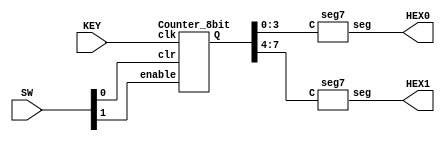
`timescale 1ns/1ns

module Part1(KEY, SW, HEX0, HEX1);
	input[0:0] KEY;
	input [1:0] SW;
	output [6:0] HEX0, HEX1;
	wire[7:0] Q;
	
	Counter_8bit B1(.enable(SW[1]), .clk(KEY[0]), .clr(SW[0]), .Q(Q));
	
	seg7 H0(.C(Q[3:0]), .seg(HEX0));
	seg7 H1(.C(Q[7:4]), .seg(HEX1));
endmodule




module Counter_8bit(input enable, clk, clr, output[7:0] Q);
	wire[6:0] w;
	
	T_ff u0(.clk(clk), .t(Q[0]), .enable(enable), .clr(clr), .Q(Q[0]));
	
	assign w[0] = enable && Q[0];
	T_ff u1(.clk(clk), .t(Q[1]), .enable(w[0]), .clr(clr), .Q(Q[1]));
	
	assign w[1] = w[0] && Q[1];
	T_ff u2(.clk(clk), .t(Q[2]), .enable(w[1]), .clr(clr), .Q(Q[2]));
	
	assign w[2] = w[1] && Q[2];
	T_ff u3(.clk(clk), .t(Q[3]), .enable(w[2]), .clr(clr), .Q(Q[3]));
	
	assign w[3] = w[2] && Q[3];
	T_ff u4(.clk(clk), .t(Q[4]), .enable(w[3]), .clr(clr), .Q(Q[4]));
	
	assign w[4] = w[3] && Q[4];
	T_ff u5(.clk(clk), .t(Q[5]), .enable(w[4]), .clr(clr), .Q(Q[5]));
	
	assign w[5] = w[4] && Q[5];
	T_ff u6(.clk(clk), .t(Q[6]), .enable(w[5]), .clr(clr), .Q(Q[6]));
	
	assign w[6] = w[5] && Q[6];
	T_ff u7(.clk(clk), .t(Q[7]), .enable(w[6]), .clr(clr), .Q(Q[7]));
	
endmodule
 

module T_ff(input clk, t, enable, clr, output reg Q);
	always@(posedge clk, negedge clr)
	begin
		if(clr == 1'b0)
			Q <= 0;
		else
			Q <= enable^t;	
	end	
endmodule


module seg7(C, seg);
	input[3:0] C;
	output[6:0] seg;
	
	assign seg[0] = (~C[3]&~C[2]&~C[1]&C[0])|
						  (~C[3]&C[2]&~C[1]&~C[0])|
						  (C[3]&~C[2]&C[1]&C[0])|
						  (C[3]&C[2]&~C[1]&C[0]);
						  
	assign seg[1] = (~C[3]&C[2]&~C[1]&C[0])|
						  (~C[3]&C[2]&C[1]&~C[0])|
						  (C[3]&~C[2]&C[1]&C[0])|
						  (C[3]&C[2]&~C[1]&~C[0])|
						  (C[3]&C[2]&C[1]&~C[0])|
						  (C[3]&C[2]&C[1]&C[0]);
						  
	assign seg[2] = (~C[3]&~C[2]&C[1]&~C[0])|
						  (C[3]&C[2]&~C[1]&~C[0])|
						  (C[3]&C[2]&C[1]&~C[0])|
						  (C[3]&C[2]&C[1]&C[0]);
						  
	assign seg[3] = (~C[3]&~C[2]&~C[1]&C[0])|
						  (~C[3]&C[2]&~C[1]&~C[0])|
						  (~C[3]&C[2]&C[1]&C[0])|
						  (C[3]&~C[2]&C[1]&~C[0])|
						  (C[3]&C[2]&C[1]&C[0]);
						  
	assign seg[4] = (~C[3]&~C[2]&~C[1]&C[0])|
						  (~C[3]&~C[2]&C[1]&C[0])|
						  (~C[3]&C[2]&~C[1]&~C[0])|
						  (~C[3]&C[2]&~C[1]&C[0])|
						  (~C[3]&C[2]&C[1]&C[0])|
						  (C[3]&~C[2]&~C[1]&C[0]);
						  
	assign seg[5] = (~C[3]&~C[2]&~C[1]&C[0])|
						  (~C[3]&~C[2]&C[1]&~C[0])|
						  (~C[3]&~C[2]&C[1]&C[0])|
						  (~C[3]&C[2]&C[1]&C[0])|
						  (C[3]&C[2]&~C[1]&C[0]);
						  
	assign seg[6] = (~C[3]&~C[2]&~C[1]&~C[0])|
						  (~C[3]&~C[2]&~C[1]&C[0])|
						  (~C[3]&C[2]&C[1]&C[0])|
						  (C[3]&C[2]&~C[1]&~C[0]);
endmodule